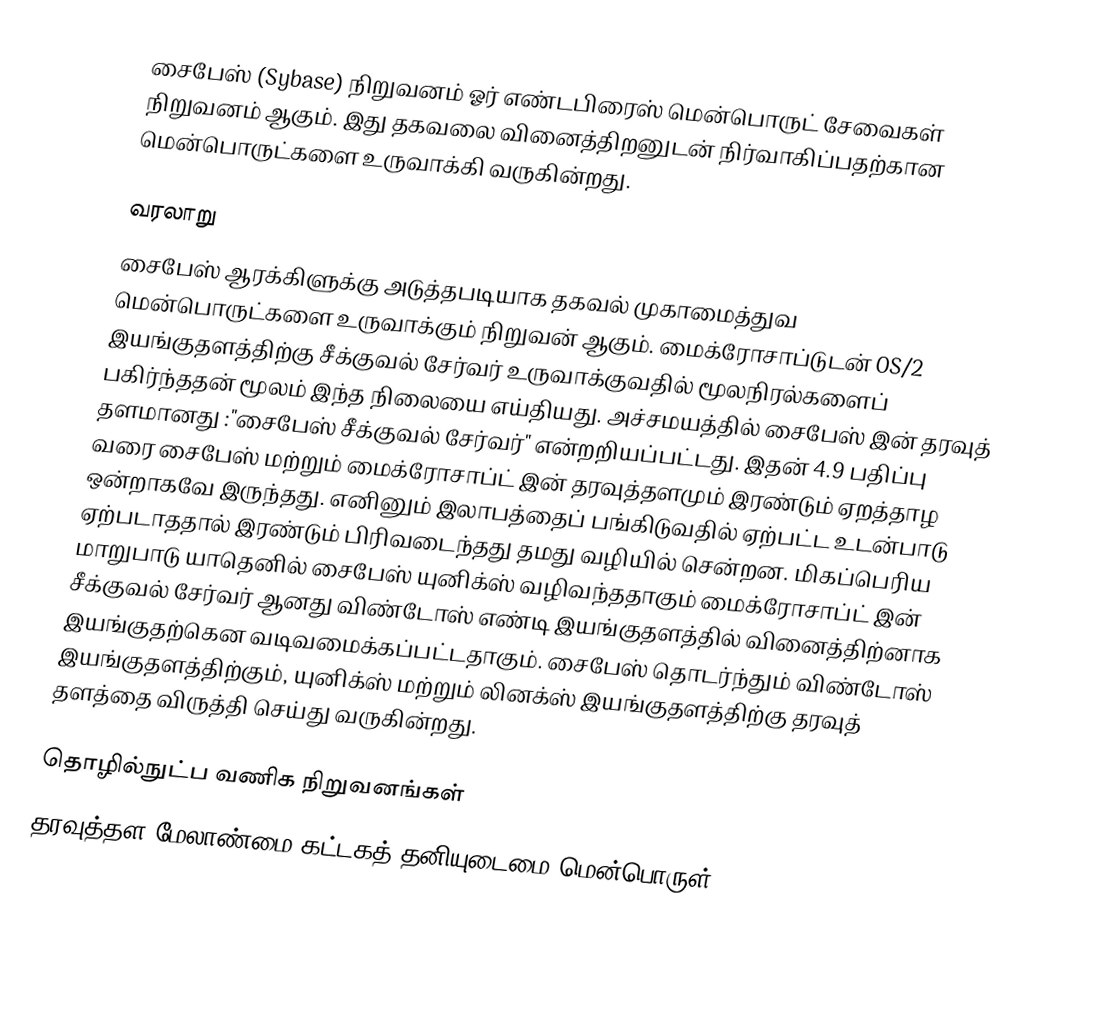
சைபேஸ் (Sybase) நிறுவனம் ஓர் எண்டபிரைஸ் மென்பொருட் சேவைகள் நிறுவனம் ஆகும். இது தகவலை வினைத்திறனுடன் நிர்வாகிப்பதற்கான மென்பொருட்களை உருவாக்கி வருகின்றது.

வரலாறு
சைபேஸ் ஆரக்கிளுக்கு அடுத்தபடியாக தகவல் முகாமைத்துவ மென்பொருட்களை உருவாக்கும் நிறுவன் ஆகும். மைக்ரோசாப்டுடன் OS/2 இயங்குதளத்திற்கு சீக்குவல் சேர்வர் உருவாக்குவதில் மூலநிரல்களைப் பகிர்ந்ததன் மூலம் இந்த நிலையை எய்தியது. அச்சமயத்தில் சைபேஸ் இன் தரவுத் தளமானது :"சைபேஸ் சீக்குவல் சேர்வர்" என்றறியப்பட்டது. இதன் 4.9 பதிப்பு வரை சைபேஸ் மற்றும் மைக்ரோசாப்ட் இன் தரவுத்தளமும் இரண்டும் ஏறத்தாழ ஒன்றாகவே இருந்தது. எனினும் இலாபத்தைப் பங்கிடுவதில் ஏற்பட்ட உடன்பாடு ஏற்படாததால் இரண்டும் பிரிவடைந்தது தமது வழியில் சென்றன. மிகப்பெரிய மாறுபாடு யாதெனில் சைபேஸ் யுனிக்ஸ் வழிவந்ததாகும் மைக்ரோசாப்ட் இன் சீக்குவல் சேர்வர் ஆனது விண்டோஸ் எண்டி இயங்குதளத்தில் வினைத்திற்னாக இயங்குதற்கென வடிவமைக்கப்பட்டதாகும். சைபேஸ் தொடர்ந்தும் விண்டோஸ் இயங்குதளத்திற்கும், யுனிக்ஸ் மற்றும் லினக்ஸ் இயங்குதளத்திற்கு தரவுத் தளத்தை விருத்தி செய்து வருகின்றது.

தொழில்நுட்ப வணிக நிறுவனங்கள்
தரவுத்தள மேலாண்மை கட்டகத் தனியுடைமை மென்பொருள்